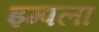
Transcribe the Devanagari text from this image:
इम्पला